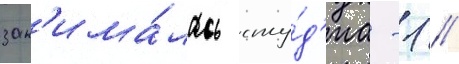
зан'има́лась сту́д'иа -1 /